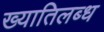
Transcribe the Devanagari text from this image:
ख्‍यातिलब्‍ध